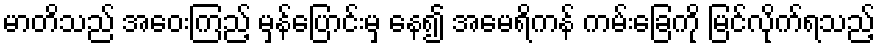
မာတိသည် အဝေးကြည့် မှန်ပြောင်းမှ နေ၍ အမေရိကန် ကမ်းခြေကို မြင်လိုက်ရသည့်